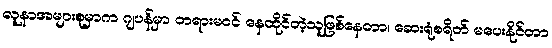
လူနာအများစုမှာက ဂျပန်မှာ တရားမဝင် နေထိုင်တဲ့သူဖြစ်နေတာ၊ ဆေးရုံစရိတ် မပေးနိုင်တာ